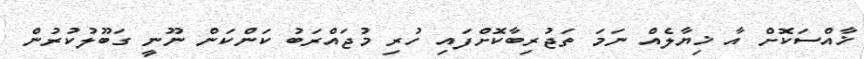
ޚާާއްސަކޮށް އާ ޚިޔާލެއް ނަމަ ތަޖުރިބާކޮށްފައި ހުރި މުޖައްރަބު ކަންކަން ނޫނީ ގަބޫލުކުރުން